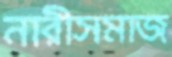
নারীসমাজ